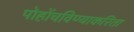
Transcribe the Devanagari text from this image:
पोहोंचविण्याकरिता